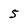
Character: 5